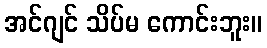
အင်ဂျင် သိပ်မ ကောင်းဘူး။